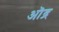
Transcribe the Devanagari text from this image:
ऒद्र